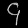
Digit: ၄